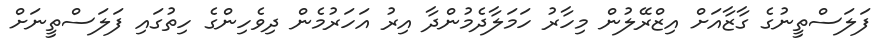
ފަލަސްތީނުގެ ގާޒާއަށް އިޒްރޭލުން މިހާރު ހަމަލާދެމުންދާ އިރު އަހަރުމެން ދިވެހިންގެ ހިތުގައި ފަލަސްތީނަށް